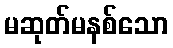
မဆုတ်မနစ်သော